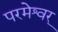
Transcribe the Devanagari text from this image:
परमेश्वर्